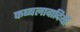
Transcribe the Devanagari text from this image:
कब्बलावादियों